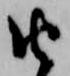
由